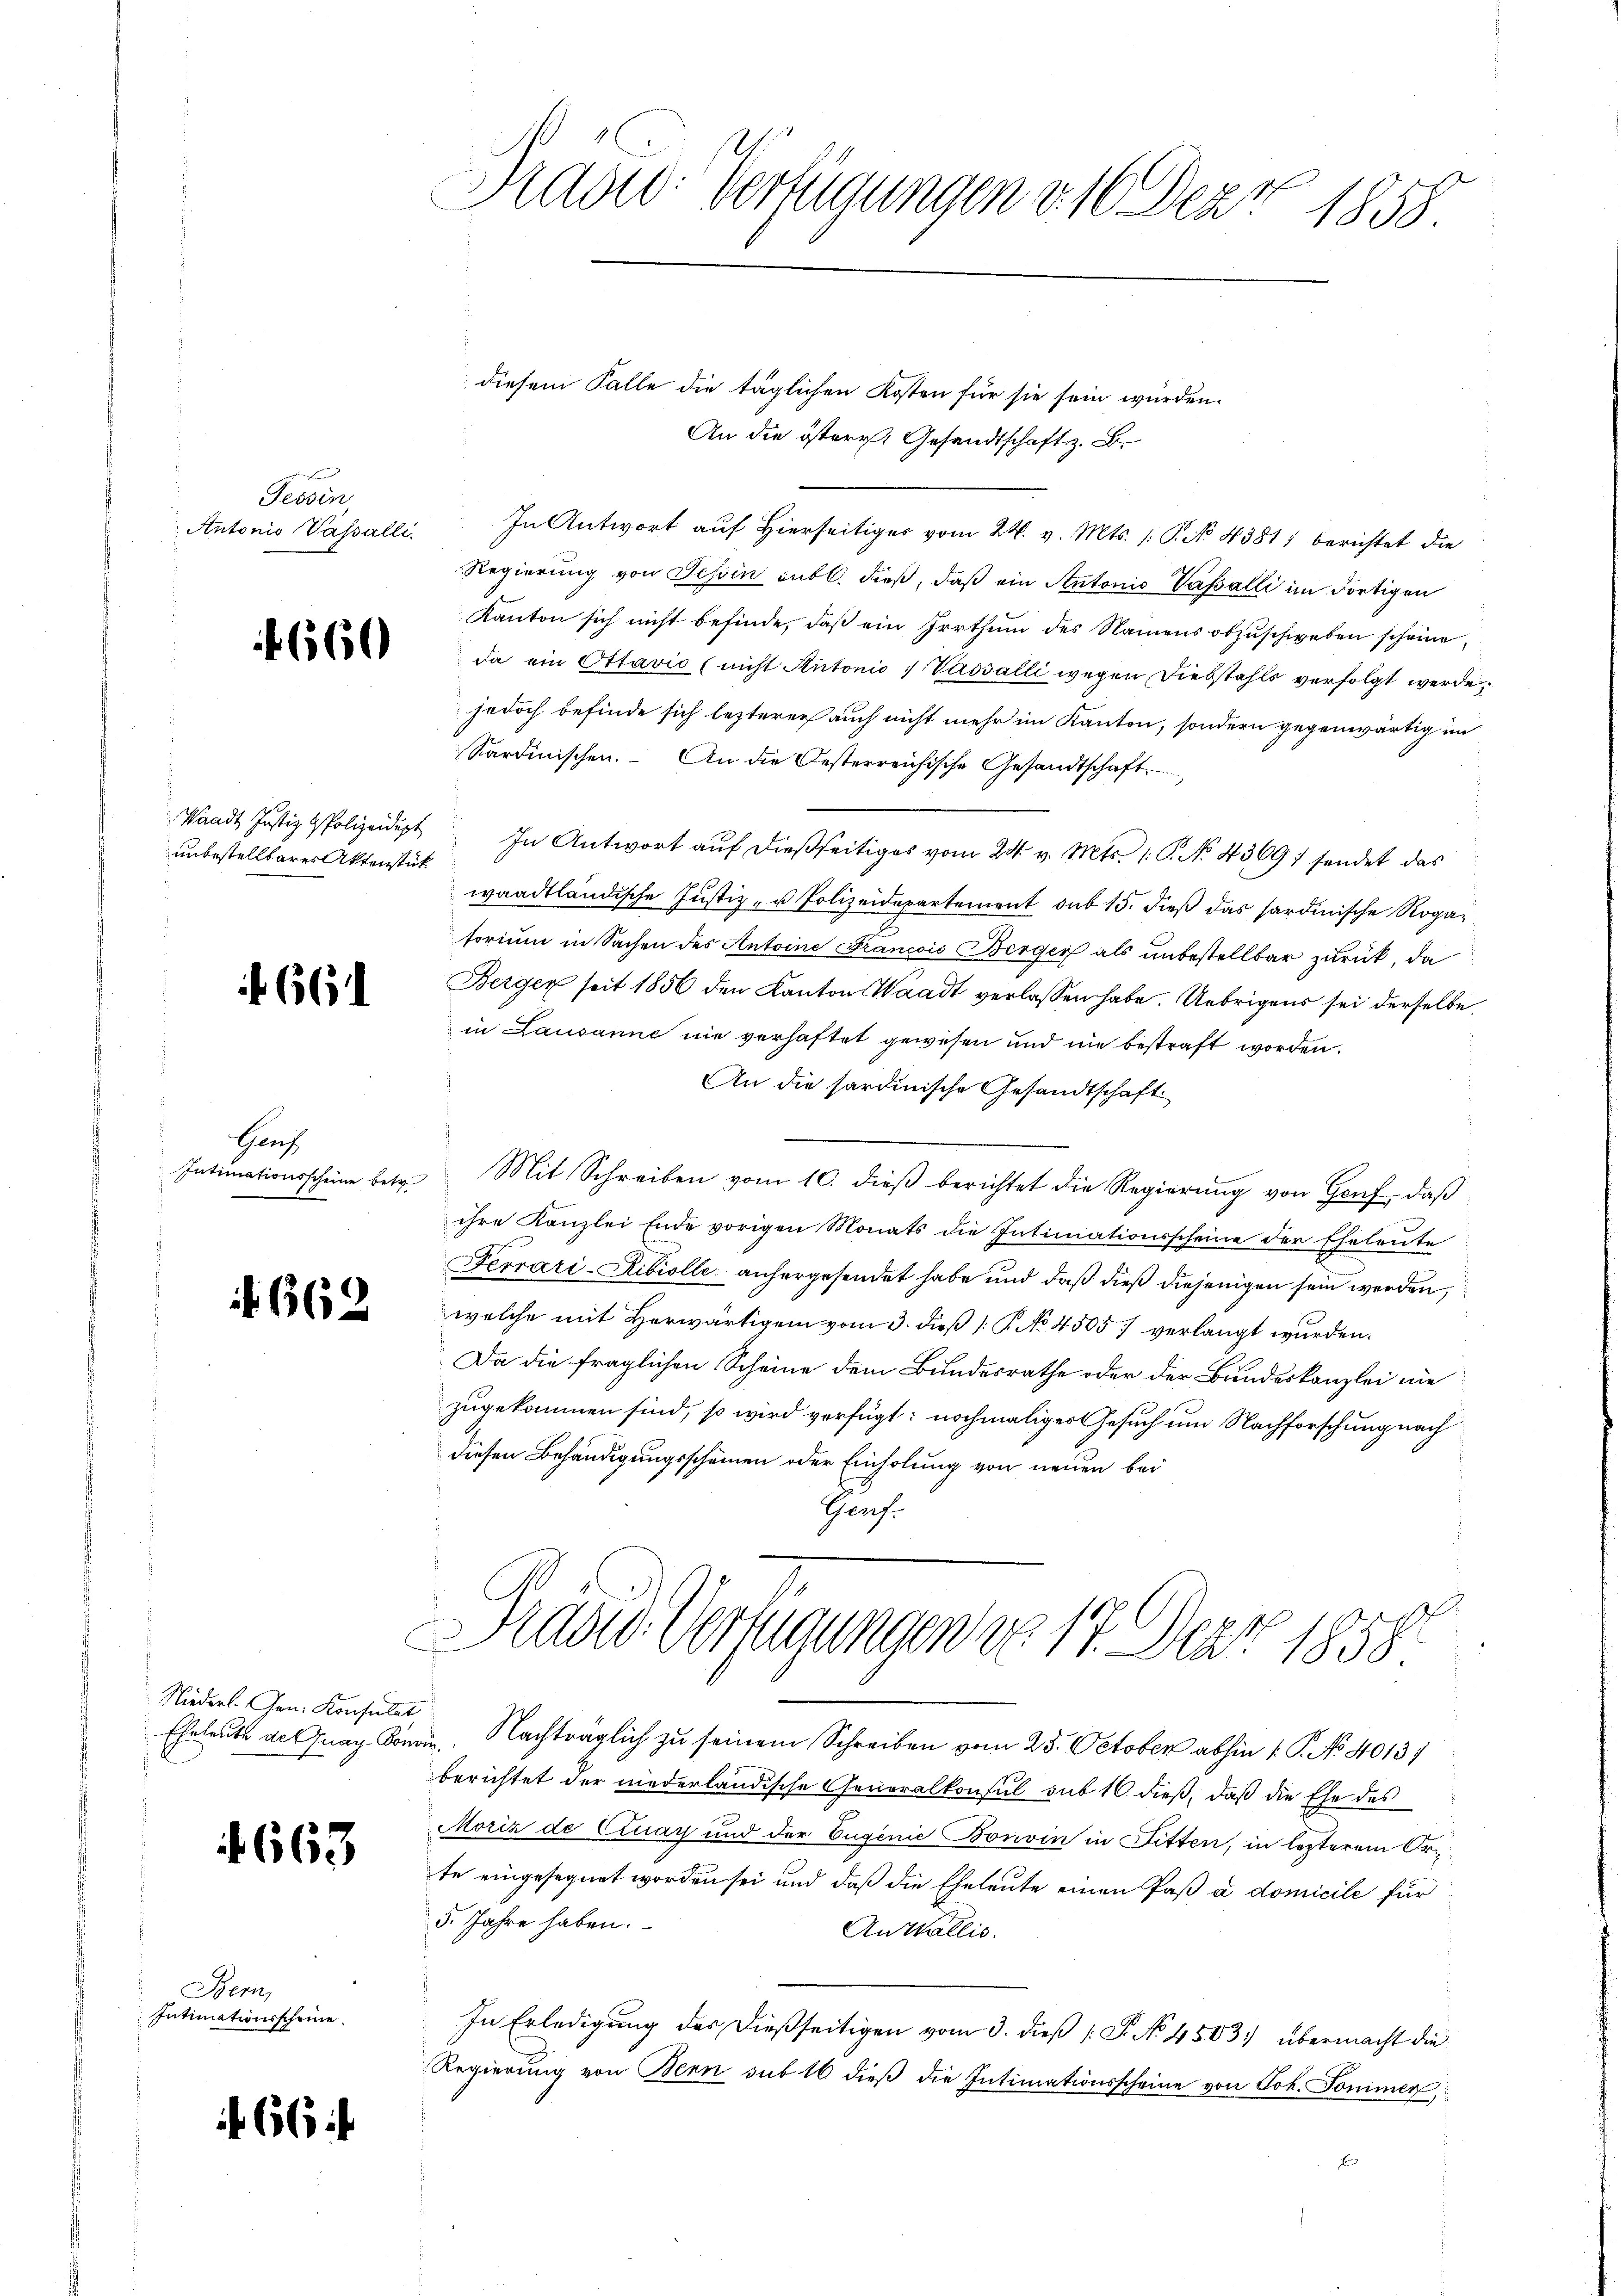
Tessin,
Antonio Vasalli

660

unbestellbares Aktenstück

664.

Gach
Intimationsscheine betr.

662.

Niederl. Gen. Konsulat

1663

Bern,
Intimationsscheine

f 66

Radio verfügungen v. 16. Der 1858.

diesem Falle die täglichen Kosten für sie sein würden.
An die österr. Gesandtschaft z. B.
In Antwort auf Hierseitiger vom 24. v. Mts. /: P. No 4381) berichtet die
Regierung von Tessin entl. dieß, daß ein Antonio Vasalli im dortigen
Kanton sich nicht befinde, daß ein Irrthum des Namens abzŭschweben scheine,
da ein Ottavio (nicht Antonio 7 Vasalli wegen Diebstahls verfolgt werde,
jedoch befinde sich lezterer auch nicht mehr im Kanton, sondern gegenwärtig im
Sardinischen. An die Oesterreichische Gesandtschaft
Waadt Justiz & Polizeidigt. In Antwort aŭf dießseitiges vom 24. v. Mts. 1. P. No. 43697 sendet das
waadtländische Justiz- u Polizeidepartement sub 15. dieß das sardinische Rogar
torium in Sachen des Antoine Francis Berger als unbestellbar zurück, da
Berger seit 1856 den Kanton Waadt verlassen habe. Uebrigens sei derselbe
in Lausanne nie verhaftet gewesen und nie bestraft worden.
An die sardinische Gesandtschaft
Mit Schreiben vom 10. dieβ berichtet die Regierŭng von Haŭf, daβ
ihre Kanzlei Ende vorigen Monats die Intimationsscheine der Eheleute
Ferrari-Ribiolle anhergesendet habe und daß dieß diejenigen sein werden,
welche mit Herwärtigem vom 3. dieß P. No 4505 verlangt wurden.
Da die fraglichen Scheine dem Bundesrathe oder der Bundeskanzlei nie
zugekommen sind, so wird verfügt: nochmaliges Gesuch um Nachforschung nach
diesen Behändigungsscheinen oder Einholung von neuen bei
Genf.
Frages Verfügungen von 17. Der 1858
Eheleute de Guag Kona. Nachträglich zu seinem Schreiben vom 25. October abhin 1. P. No 4013)
berichtet der niederländische Generalkonsul sub 16. dieß, daß die Ehe des
Moriz de Quay und der Eugenie Bonvin in Fitten, in lezterem Orte eingesegnet worden sei und daß die Eheleute einen Paß à domicile für
5. Jahre haben.
Anthallis.
In Erledigung des dießseitigen vom 3. dieß 1 S. No 4503. übermacht die
Regierung von Bern sub 16 dieß die Intimationsscheine von Joh. Sommen